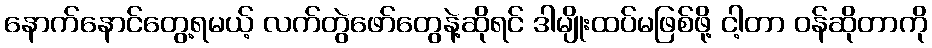
နောက်နောင်တွေ့ရမယ့် လက်တွဲဖော်တွေနဲ့ဆိုရင် ဒါမျိုးထပ်မဖြစ်ဖို့ ငါ့တာ ဝန်ဆိုတာကို